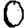
Digit: 0